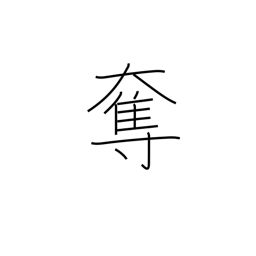
Meaning: usurp